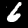
Label: 6